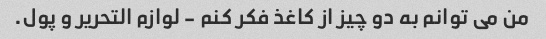
من می توانم به دو چیز از کاغذ فکر کنم - لوازم التحریر و پول.